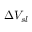
\Delta V _ { s l }